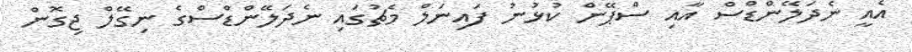
އެއީ ނެދަލޭންޑްސް އާއި ސްޕޭން ކުޅުނު ފައިނަލް މެޗުގައި ނެދަލޭންޑްސްގެ ނިގޭލް ޖިގޮން